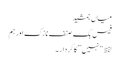
میاں جمشید
فیس بک صنف نازک اور ہم
لفظ “نہیں” کا کردار ۔